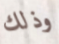
وذلك